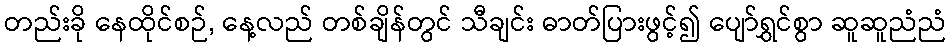
တည်းခို နေထိုင်စဉ်, နေ့လည် တစ်ချိန်တွင် သီချင်း ဓာတ်ပြားဖွင့်၍ ပျော်ရွှင်စွာ ဆူဆူညံညံ